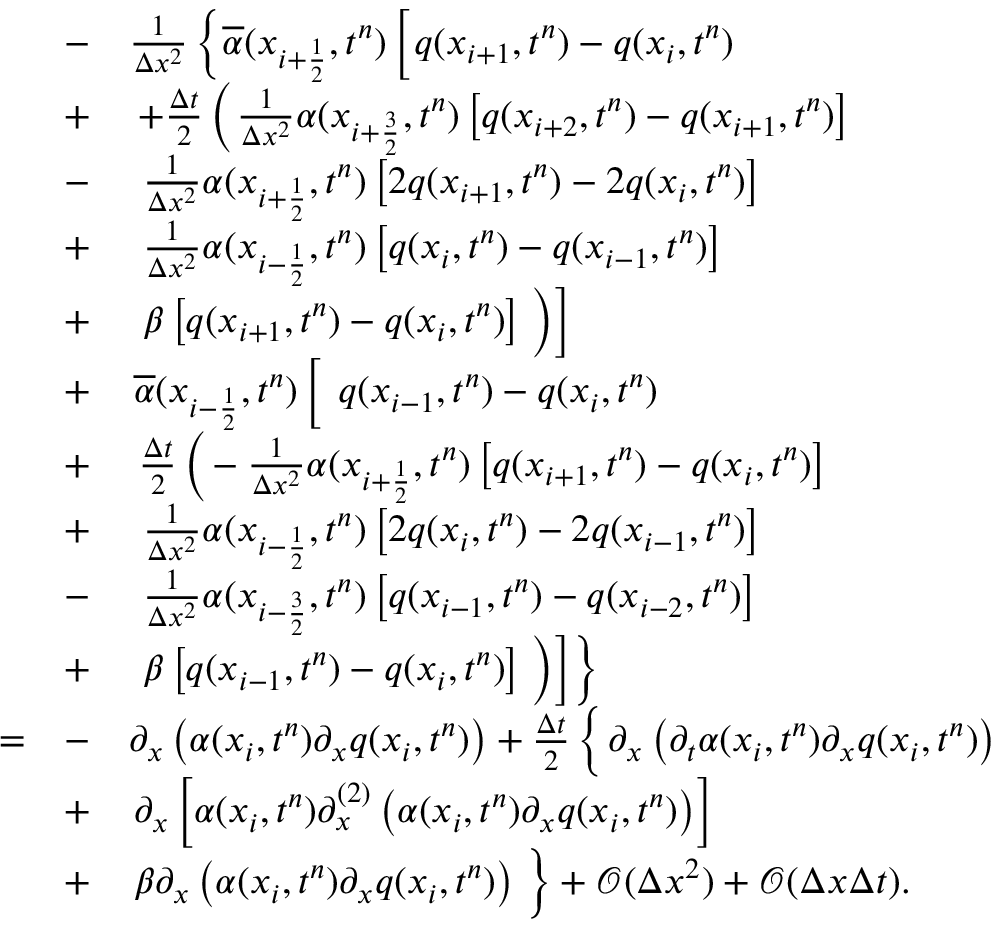
\begin{array} { r l r l } & { } & { - } & { \frac { 1 } { \Delta x ^ { 2 } } \left\lbrace \overline { { \alpha } } ( x _ { { i } + \frac { 1 } { 2 } } , t ^ { n } ) \left[ \phantom { \frac { b } { b } } \! \! \! q ( x _ { { i } + 1 } , t ^ { n } ) - q ( x _ { { i } } , t ^ { n } ) \right. \right. } \\ & { } & { + } & { \left. \left. + \frac { \Delta t } { 2 } \left( \phantom { \frac { b } { b } } \! \! \! \frac { 1 } { \Delta x ^ { 2 } } \alpha ( x _ { { i } + \frac { 3 } { 2 } } , t ^ { n } ) \left[ q ( x _ { { i } + 2 } , t ^ { n } ) - q ( x _ { { i } + 1 } , t ^ { n } ) \right] \right. \right. \right. } \\ & { } & { - } & { \left. \left. \left. \frac { 1 } { \Delta x ^ { 2 } } \alpha ( x _ { { i } + \frac { 1 } { 2 } } , t ^ { n } ) \left[ 2 q ( x _ { { i } + 1 } , t ^ { n } ) - 2 q ( x _ { { i } } , t ^ { n } ) \right] \right. \right. \right. } \\ & { } & { + } & { \left. \left. \left. \frac { 1 } { \Delta x ^ { 2 } } \alpha ( x _ { { i } - \frac { 1 } { 2 } } , t ^ { n } ) \left[ q ( x _ { { i } } , t ^ { n } ) - q ( x _ { { i } - 1 } , t ^ { n } ) \right] \right. \right. \right. } \\ & { } & { + } & { \left. \left. \left. \beta \left[ q ( x _ { { i } + 1 } , t ^ { n } ) - q ( x _ { { i } } , t ^ { n } ) \right] \phantom { \frac { b } { b } } \! \! \! \right) \right] \right. } \\ & { } & { + } & { \left. \overline { { \alpha } } ( x _ { { i } - \frac { 1 } { 2 } } , t ^ { n } ) \left[ \phantom { \frac { b } { b } } \! \! \! \ q ( x _ { { i } - 1 } , t ^ { n } ) - q ( x _ { { i } } , t ^ { n } ) \right. \right. } \\ & { } & { + } & { \left. \left. \frac { \Delta t } { 2 } \left( \phantom { \frac { b } { b } } \! \! \! \! - \frac { 1 } { \Delta x ^ { 2 } } \alpha ( x _ { { i } + \frac { 1 } { 2 } } , t ^ { n } ) \left[ q ( x _ { { i } + 1 } , t ^ { n } ) - q ( x _ { { i } } , t ^ { n } ) \right] \right. \right. \right. } \\ & { } & { + } & { \left. \left. \left. \frac { 1 } { \Delta x ^ { 2 } } \alpha ( x _ { { i } - \frac { 1 } { 2 } } , t ^ { n } ) \left[ 2 q ( x _ { { i } } , t ^ { n } ) - 2 q ( x _ { { i } - 1 } , t ^ { n } ) \right] \right. \right. \right. } \\ & { } & { - } & { \left. \left. \left. \frac { 1 } { \Delta x ^ { 2 } } \alpha ( x _ { { i } - \frac { 3 } { 2 } } , t ^ { n } ) \left[ q ( x _ { { i } - 1 } , t ^ { n } ) - q ( x _ { { i } - 2 } , t ^ { n } ) \right] \right. \right. \right. } \\ & { } & { + } & { \left. \left. \left. \beta \left[ q ( x _ { { i } - 1 } , t ^ { n } ) - q ( x _ { { i } } , t ^ { n } ) \right] \phantom { \frac { b } { b } } \! \! \! \right) \right] \right\rbrace } \\ & { = } & { - } & { \partial _ { x } \left( \alpha ( x _ { i } , t ^ { n } ) \partial _ { x } q ( x _ { i } , t ^ { n } ) \right) + \frac { \Delta t } { 2 } \left\lbrace \phantom { \frac { b } { b } } \! \! \! \partial _ { x } \left( \partial _ { t } \alpha ( x _ { i } , t ^ { n } ) \partial _ { x } q ( x _ { i } , t ^ { n } ) \right) \right. } \\ & { } & { + } & { \left. \partial _ { x } \left[ \alpha ( x _ { i } , t ^ { n } ) \partial _ { x } ^ { ( 2 ) } \left( \alpha ( x _ { i } , t ^ { n } ) \partial _ { x } q ( x _ { i } , t ^ { n } ) \right) \right] \right. } \\ & { } & { + } & { \left. \beta \partial _ { x } \left( \alpha ( x _ { i } , t ^ { n } ) \partial _ { x } q ( x _ { i } , t ^ { n } ) \right) \phantom { \frac { b } { b } } \! \! \! \right\rbrace + \mathcal { O } ( \Delta x ^ { 2 } ) + \mathcal { O } ( \Delta x \Delta t ) . } \end{array}